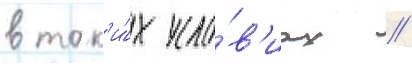
в так'и́х усло́в'иах //